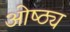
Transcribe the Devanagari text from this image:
ओष्ठ्य